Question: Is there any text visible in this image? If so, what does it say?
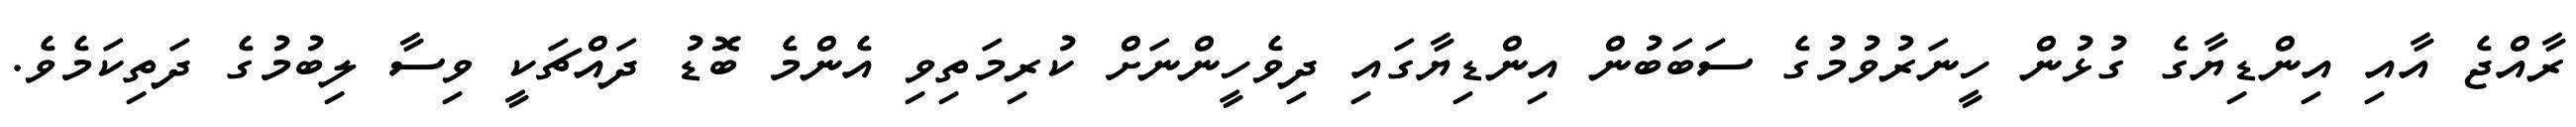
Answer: ރާއްޖެ އާއި އިންޑިޔާގެ ގުޅުން ހީނަރުވުމުގެ ސަބަބުން އިންޑިޔާގައި ދިވެހީންނަށް ކުރިމަތިވި އެންމެ ބޮޑު ދައްޗަކީ ވިސާ ލިބުމުގެ ދަތިކަމެވެ.